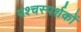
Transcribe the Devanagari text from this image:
पश्चस्पर्शकों